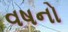
વષનો